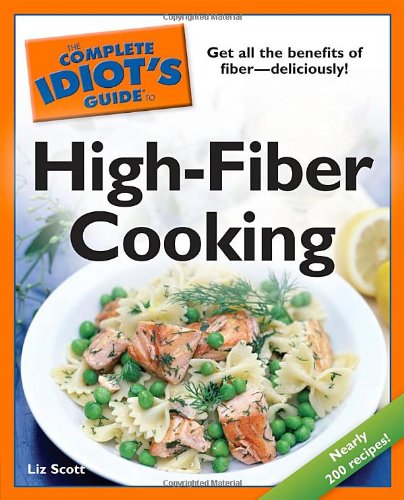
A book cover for The Complete Idiot's Guide to High-Fiber Cooking; Liz Scott; Health, Fitness & Dieting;